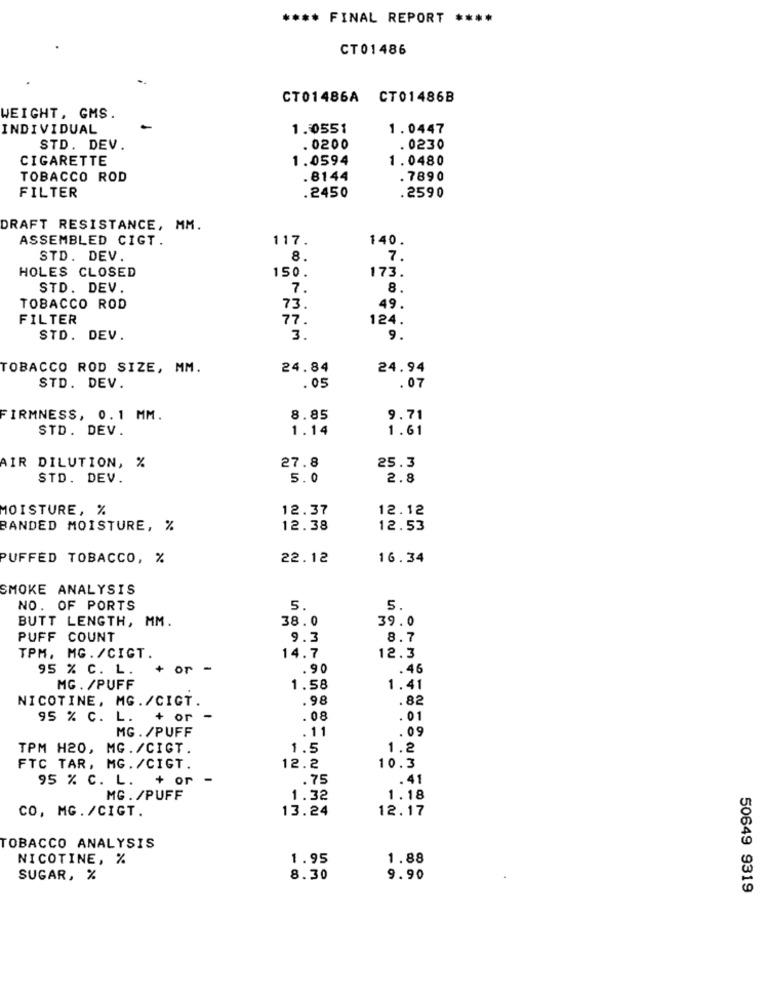
**** FINAL REPORT ****
CT01486
CT01486A CT01486B
WEIGHT, GMS.
INDIVIDUAL
1. 0551
1.0447
STD. DEV.
. 0200
. 0230
CIGARETTE
1.0594
1.0480
TOBACCO ROD
.8144
.7890
FILTER
.2450
.2590
DRAFT RESISTANCE, MM.
ASSEMBLED CIGT.
117.
140.
STD. DEV.
8.
7.
HOLES CLOSED
150.
173.
STD. DEV.
7.
8.
TOBACCO ROD
73.
49.
FILTER
77.
124.
STD. DEV.
3.
9.
TOBACCO ROD SIZE, MM.
24.84
24.94
STD. DEV.
.05
.07
FIRMNESS, 0.1 MM.
8.85
9.71
STD. DEV.
1.14
1.61
27.8
25.3
AIR DILUTION, %
STD. DEV.
5.0
2.8
MOISTURE, %
12.37
12.12
BANDED MOISTURE, %
12.38
12.53
PUFFED TOBACCO, %
22.12
16.34
SMOKE ANALYSIS
NO. OF PORTS
5.
5.
BUTT LENGTH, MM.
38.0
39.0
PUFF COUNT
9.3
8.7
TPM, MG. /CIGT.
14.7
12.3
95 % C. L.
+ Or-
.90
. 46
MG . /PUFF
1.58
1.41
NICOTINE, MG./CICT.
.98
. 82
95 % C. L.
+ or
. 08
.01
MG. /PUFF
.11
.09
TPM H20, MG./CIGT.
1.5
1.2
FTC TAR, MG. /CIGT.
12.2
10.3
95 % C. L. + or -
.75
.41
MG . /PUFF
1.32
1.18
CO, MG. /CIGT.
13.24
12.17
TOBACCO ANALYSIS
NICOTINE, %
1.95
1.88
SUGAR, %
8.30
9.90
50649 9319